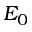
E _ { 0 }